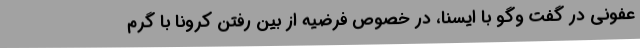
عفونی در گفت وگو با ایسنا، در خصوص فرضیه از بین رفتن کرونا با گرم